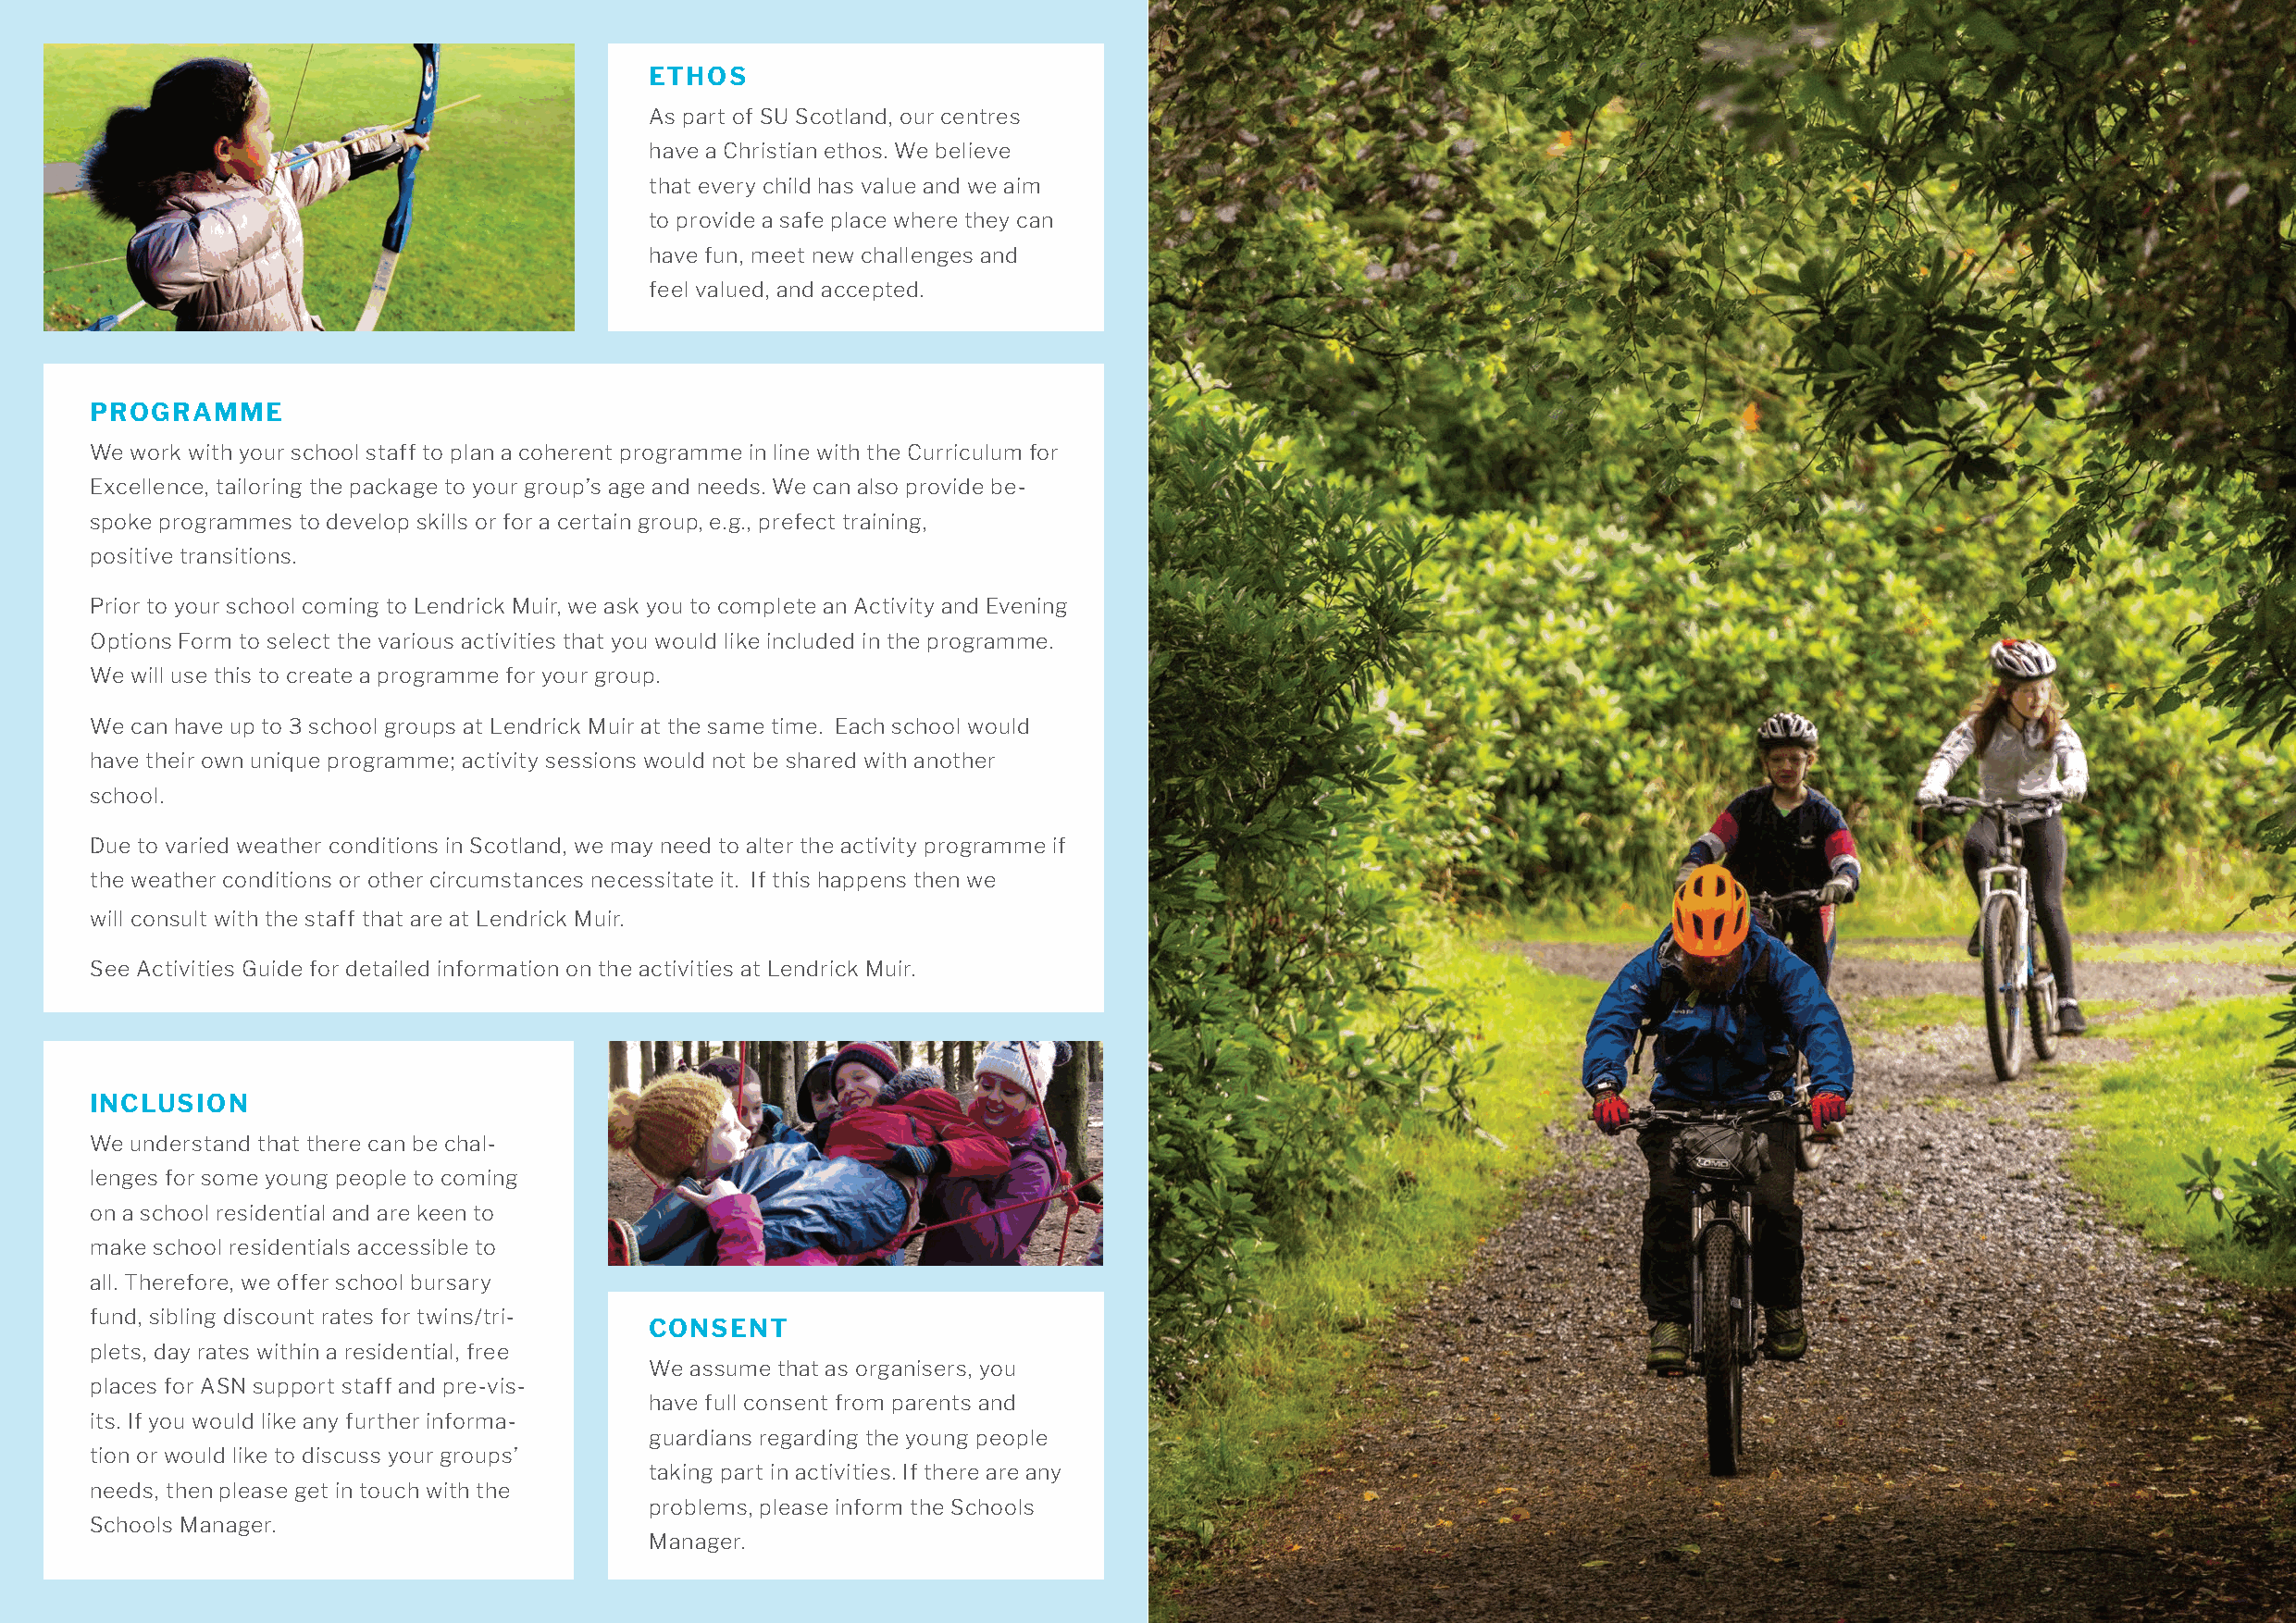
ETHOS
 As part of SU Scotland, our centres
 have a Christian ethos. We believe
 that every child has value and we aim
 to provide a safe place where they can
 have fun, meet new challenges and
 feel valued, and accepted.
 PROGRAMME
 We work with your school staff to plan a coherent programme in line with the Curriculum for
 Excellence, tailoring the package to your group’s age and needs. We can also provide be-
 spoke programmes to develop skills or for a certain group, e.g., prefect training,
 positive transitions.
 Prior to your school coming to Lendrick Muir, we ask you to complete an Activity and Evening
 Options Form to select the various activities that you would like included in the programme.
 We will use this to create a programme for your group.
 We can have up to 3 school groups at Lendrick Muir at the same time. Each school would
 have their own unique programme; activity sessions would not be shared with another
 school.
 Due to varied weather conditions in Scotland, we may need to alter the activity programme if
 the weather conditions or other circumstances necessitate it. If this happens then we
 will consult with the staff that are at Lendrick Muir.
 See Activities Guide for detailed information on the activities at Lendrick Muir.
 INCLUSION
 We understand that there can be chal-
 lenges for some young people to coming
 on a school residential and are keen to
 make school residentials accessible to
 all. Therefore, we offer school bursary
 fund, sibling discount rates for twins/tri-
 CONSENT
 plets, day rates within a residential, free
 We assume that as organisers, you
 places for ASN support staff and pre-vis-
 have full consent from parents and
 its. If you would like any further informa-
 guardians regarding the young people
 tion or would like to discuss your groups’
 taking part in activities. If there are any
 needs, then please get in touch with the
 problems, please inform the Schools
 Schools Manager.
 Manager.